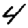
Digit: 4